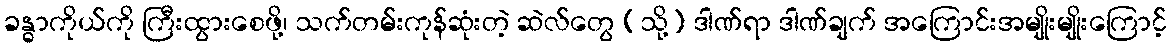
ခန္ဓာကိုယ်ကို ကြီးထွားစေဖို့၊ သက်တမ်းကုန်ဆုံးတဲ့ ဆဲလ်တွေ (သို့) ဒါဏ်ရာ ဒါဏ်ချက် အကြောင်းအမျိုးမျိုးကြောင့်